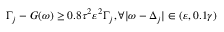
\Gamma _ { j } - G ( \omega ) \geq 0 . 8 \tau ^ { 2 } \varepsilon ^ { 2 } \Gamma _ { j } , \forall | \omega - \Delta _ { j } | \in ( \varepsilon , 0 . 1 \gamma )